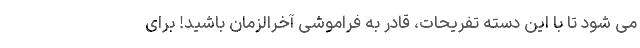
می شود تا با این دسته تفریحات، قادر به فراموشی آخرالزمان باشید! برای